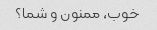
خوب، ممنون و شما؟